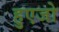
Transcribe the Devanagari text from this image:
हुएजो